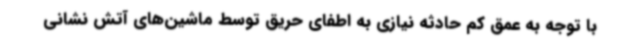
با توجه به عمق کم حادثه نیازی به اطفای حریق توسط ماشین‌های آتش نشانی